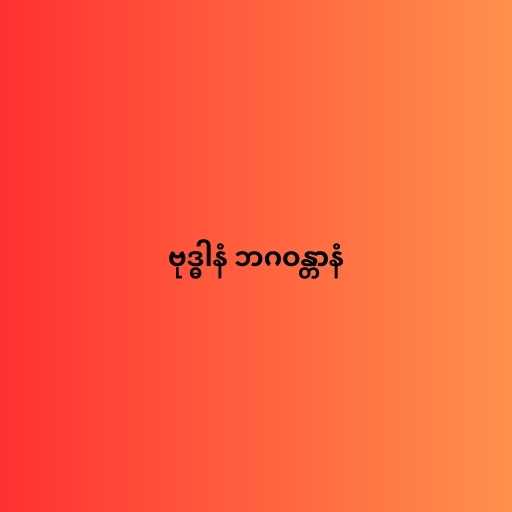
ဗုဒ္ဓါနံ ဘဂဝန္တာနံ